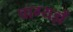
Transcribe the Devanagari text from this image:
वाग्यज्ञें